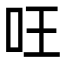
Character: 㕵